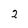
Character: 2